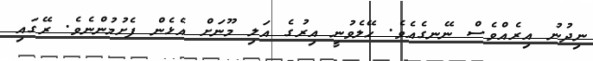
ނިދުނު އިރެއްވެސް ނޭނގެއެވެ. ހޭލެވުނީ އިރުގެ އަލި މޫނަށް އެޅެން ފެށުމުންނެވެ. ރޭގައި